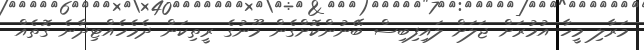
މަރާލި މީހާ އުމުރަށް ޖަލަށް ލައިފިބިސް ބޭނުންކޮށްގެން މޫނުގެ ރީތިކަން ދެމެހެއްޓިދާނެ ގޮތެއް